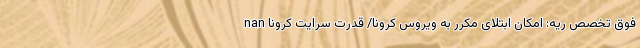
nan فوق تخصص ریه: امکان ابتلای مکرر به ویروس کرونا/ قدرت سرایت کرونا